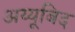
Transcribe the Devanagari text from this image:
अय्यूबिद